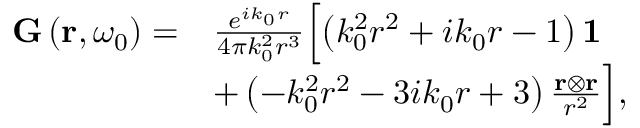
\begin{array} { r l } { \mathbf { G } \left( \mathbf { r } , \omega _ { 0 } \right) = } & { \frac { e ^ { i k _ { 0 } r } } { 4 \pi k _ { 0 } ^ { 2 } r ^ { 3 } } \Bigl [ \left( k _ { 0 } ^ { 2 } r ^ { 2 } + i k _ { 0 } r - 1 \right) \mathbf { 1 } } \\ & { + \left( - k _ { 0 } ^ { 2 } r ^ { 2 } - 3 i k _ { 0 } r + 3 \right) \frac { \mathbf { r } \otimes \mathbf { r } } { r ^ { 2 } } \Bigr ] , } \end{array}